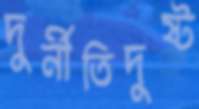
দুর্নীতিদুষ্ট